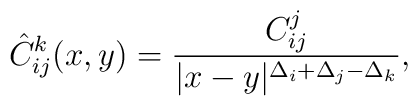
\hat{C}_{ij}^{k}(x,y)=\frac{C_{ij}^{j}}{|x-y|^{\Delta_{i}+\Delta_{j}-\Delta_{k}}},